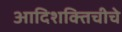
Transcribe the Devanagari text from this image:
आदिशक्तिचीचे